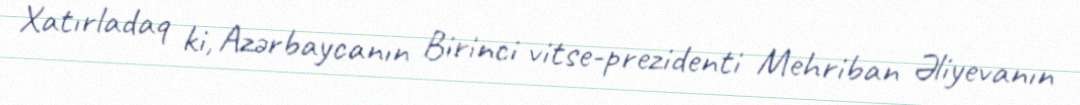
Xatırladaq ki, Azərbaycanın Birinci vitse-prezidenti Mehriban Əliyevanın